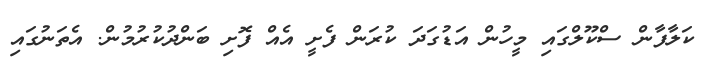
ކަލާފާން ސްކޫލްގައި މީހުން އަޑުގަދަ ކުރަން ފެށީ އެއް ފޮށި ބަންދުކުރުމުން. އެތަނުގައި